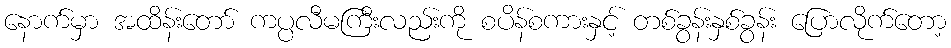
နောက်မှာ အထိန်းတော် ကပ္ပလီမကြီးလည်းကို စပိန်စကားနှင့် တစ်ခွန်းနှစ်ခွန်း ပြောလိုက်တော့